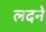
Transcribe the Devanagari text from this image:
लदने